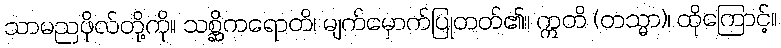
သာမညဖိုလ်တို့ကို။ သစ္ဆိကရောတိ၊ မျက်မှောက်ပြုတတ်၏။ ဣတိ (တသ္မာ)၊ ထိုကြောင့်။